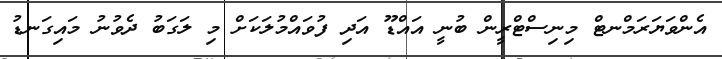
އެންވަޔަރަމްނޓް މިނިސްޓްރީން ބުނީ އައްޑޫ އަދި ފުވައްމުލަކަށް މި ލަގަބު ދެވުނު މައިގަނޑު